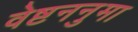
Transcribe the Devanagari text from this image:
वेष्टननुमा